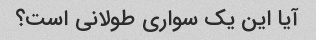
آیا این یک سواری طولانی است؟